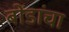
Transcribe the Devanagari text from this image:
बोंडांचा